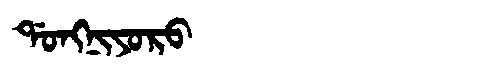
Manchu: ᡩᠣᠩᠨᡳᠶᠣᡵᠣ
Romanization: DONGNIYORO